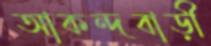
আকন্দবাড়ী